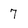
Character: 7